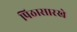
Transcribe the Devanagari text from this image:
पिठासारखे